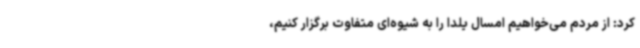
کرد: از مردم می‌خواهیم امسال یلدا را به شیوه‌ای متفاوت برگزار کنیم،